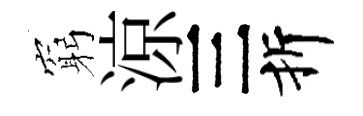
窮涼三折